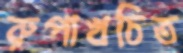
রুপাখচিত